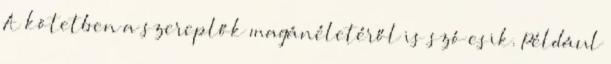
A kötetben a szereplők magánéletéről is szó esik. Például